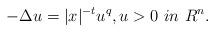
LaTeX: \begin{align*} -\Delta u=|x|^{-t}u^q, u>0~in ~R^n.\end{align*}